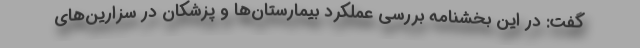
گفت: در این بخشنامه بررسی عملکرد بیمارستان‌ها و پزشکان در سزارین‌های